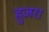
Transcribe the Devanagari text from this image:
हुज़रा